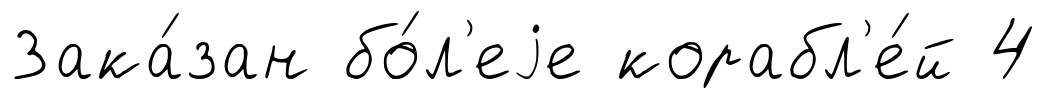
Зака́зан бо́л'еjе корабл'е́й 4